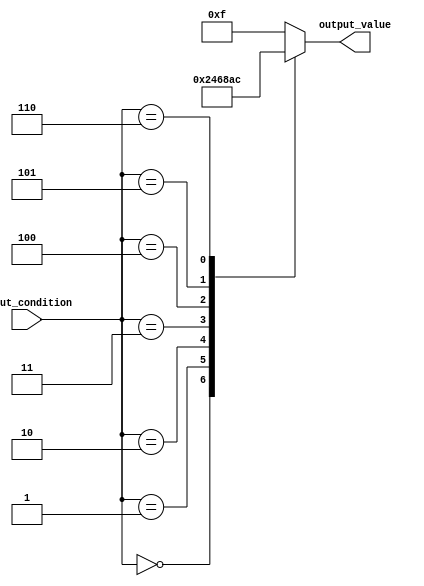
module case_statement (
  input wire [2:0] input_condition,
  output reg [3:0] output_value
);

always @* begin
  case (input_condition)
    3'b000: output_value = 4'b0000; // Define output value for condition 000
    3'b001: output_value = 4'b0010; // Define output value for condition 001
    3'b010: output_value = 4'b0100; // Define output value for condition 010
    3'b011: output_value = 4'b0110; // Define output value for condition 011
    3'b100: output_value = 4'b1000; // Define output value for condition 100
    3'b101: output_value = 4'b1010; // Define output value for condition 101
    3'b110: output_value = 4'b1100; // Define output value for condition 110
    default: output_value = 4'b1111; // Define output value for any other condition
  endcase
end

endmodule